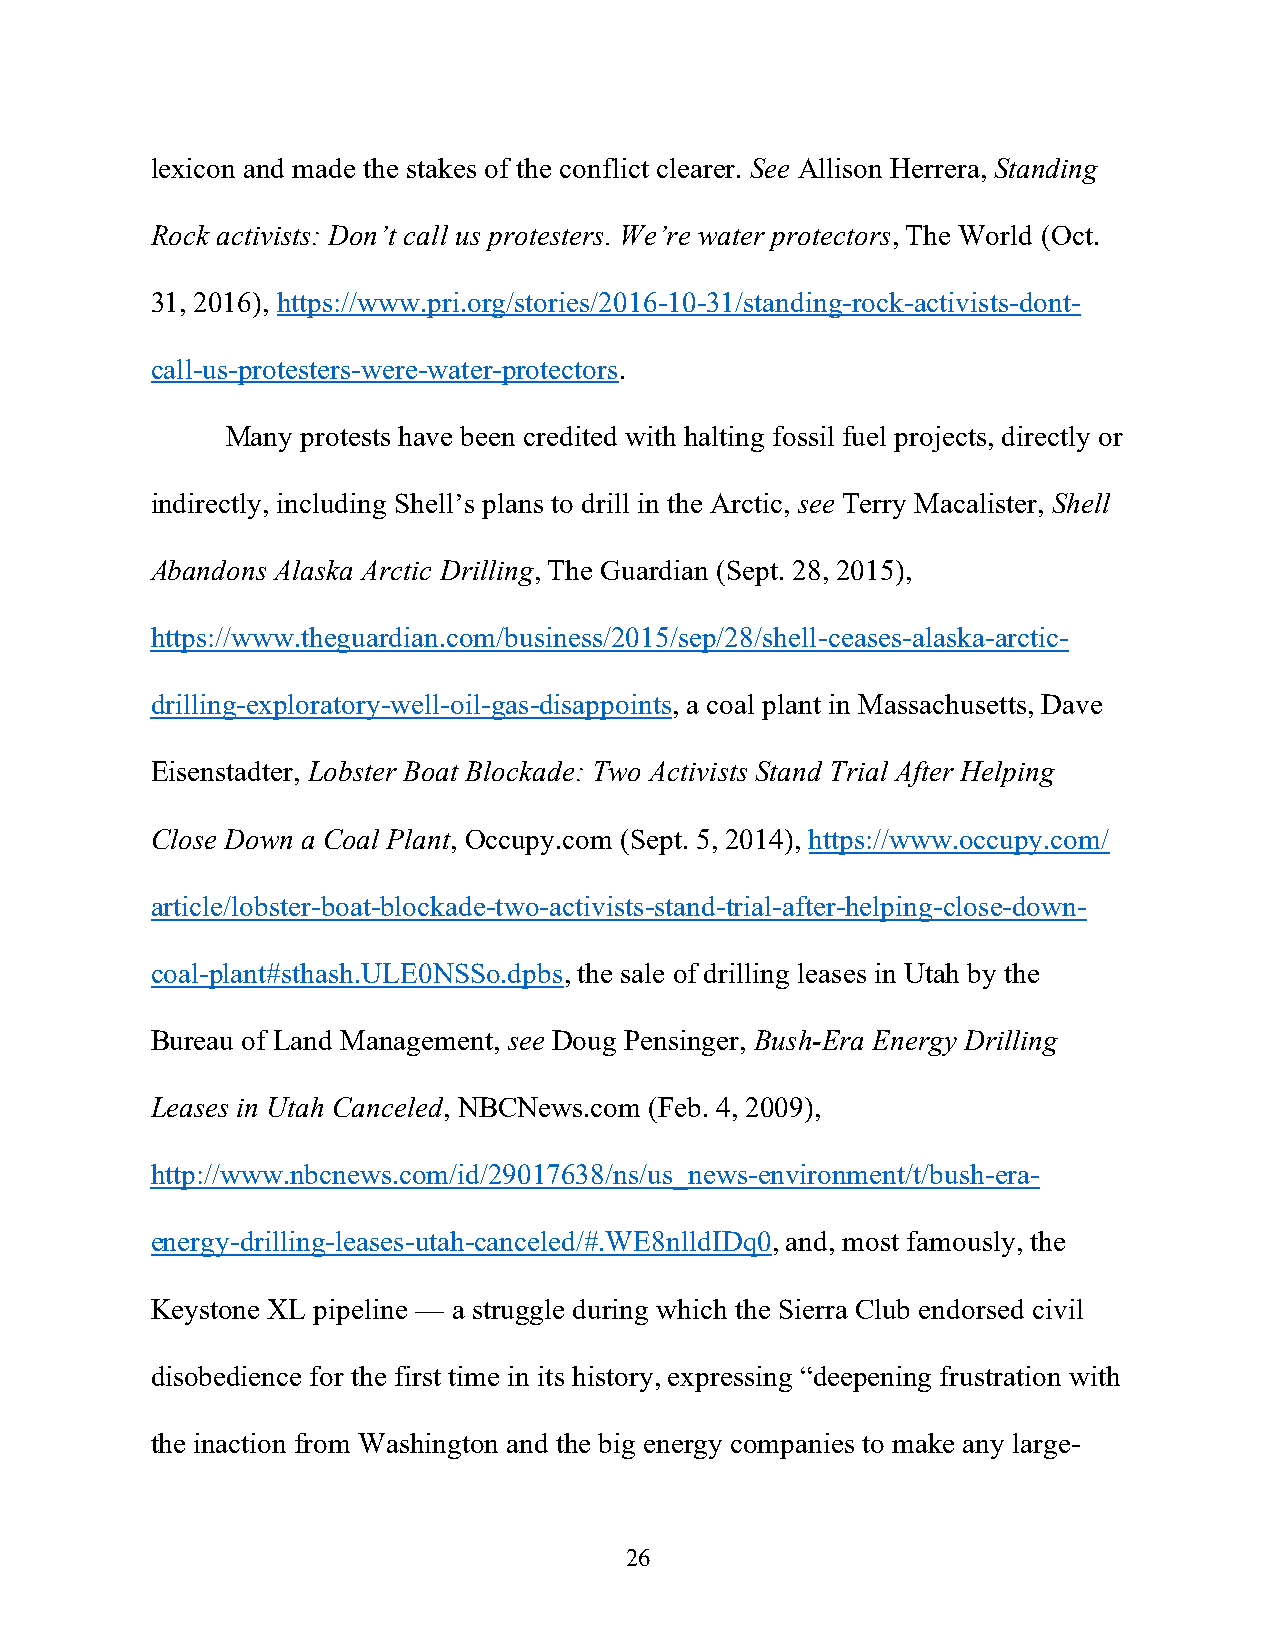
lexicon and made the stakes of the conflict clearer. See Allison Herrera, Standing
 Rock activists: Don’t call us protesters. We’re water protectors, The World (Oct.
 31, 2016), https://www.pri.org/stories/2016-10-31/standing-rock-activists-dont-
 call-us-protesters-were-water-protectors.
 Many protests have been credited with halting fossil fuel projects, directly or
 indirectly, including Shell’s plans to drill in the Arctic, see Terry Macalister, Shell
 Abandons Alaska Arctic Drilling, The Guardian (Sept. 28, 2015),
 https://www.theguardian.com/business/2015/sep/28/shell-ceases-alaska-arctic-
 drilling-exploratory-well-oil-gas-disappoints, a coal plant in Massachusetts, Dave
 Eisenstadter, Lobster Boat Blockade: Two Activists Stand Trial After Helping
 Close Down a Coal Plant, Occupy.com (Sept. 5, 2014), https://www.occupy.com/
 article/lobster-boat-blockade-two-activists-stand-trial-after-helping-close-down-
 coal-plant#sthash.ULE0NSSo.dpbs, the sale of drilling leases in Utah by the
 Bureau of Land Management, see Doug Pensinger, Bush-Era Energy Drilling
 Leases in Utah Canceled, NBCNews.com (Feb. 4, 2009),
 http://www.nbcnews.com/id/29017638/ns/us_news-environment/t/bush-era-
 energy-drilling-leases-utah-canceled/#.WE8nlldIDq0, and, most famously, the
 Keystone XL pipeline — a struggle during which the Sierra Club endorsed civil
 disobedience for the first time in its history, expressing “deepening frustration with
 the inaction from Washington and the big energy companies to make any large-
 26